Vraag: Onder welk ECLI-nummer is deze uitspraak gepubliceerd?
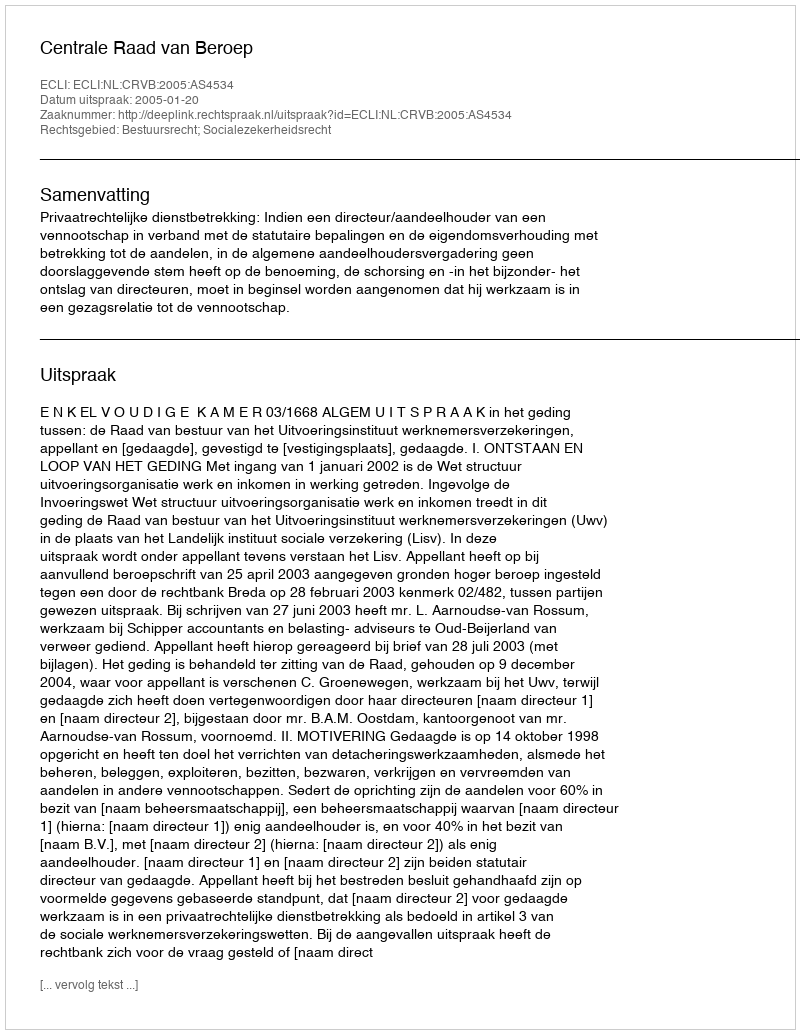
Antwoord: ECLI:NL:CRVB:2005:AS4534